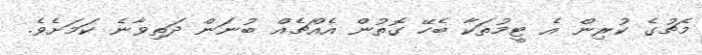
މެޗުގެ ކުރިން އެ ޓީމުތަކާ ބެހޭ ގޮތުން އެއްޗެއް ބުނަން ދަތިވާނެ ކަމަށެވެ.